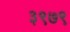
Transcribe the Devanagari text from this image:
३९७९